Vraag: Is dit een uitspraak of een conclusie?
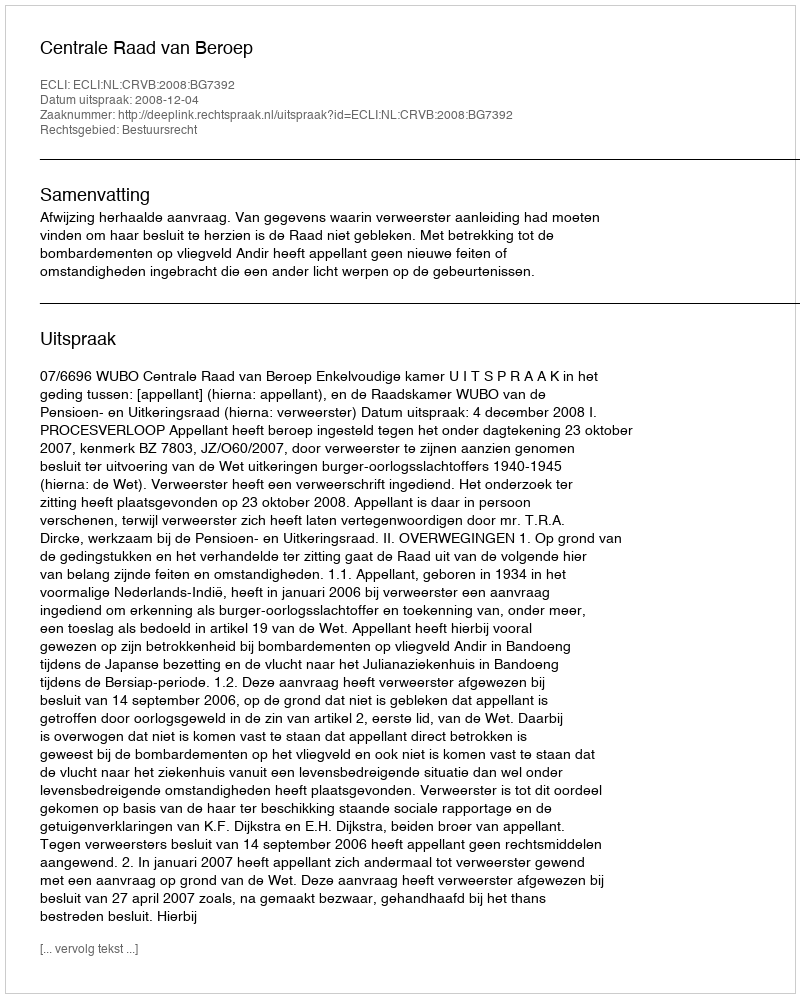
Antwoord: Uitspraak